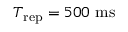
T _ { \mathrm { r e p } } = 5 0 0 ~ \mathrm { m s }